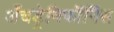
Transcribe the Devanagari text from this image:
अँचड्रेनिफॉर्मिस